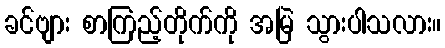
ခင်ဗျား စာကြည့်တိုက်ကို အမြဲ သွားပါသလား။